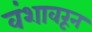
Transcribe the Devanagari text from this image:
वंशावरून